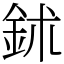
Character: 鉥